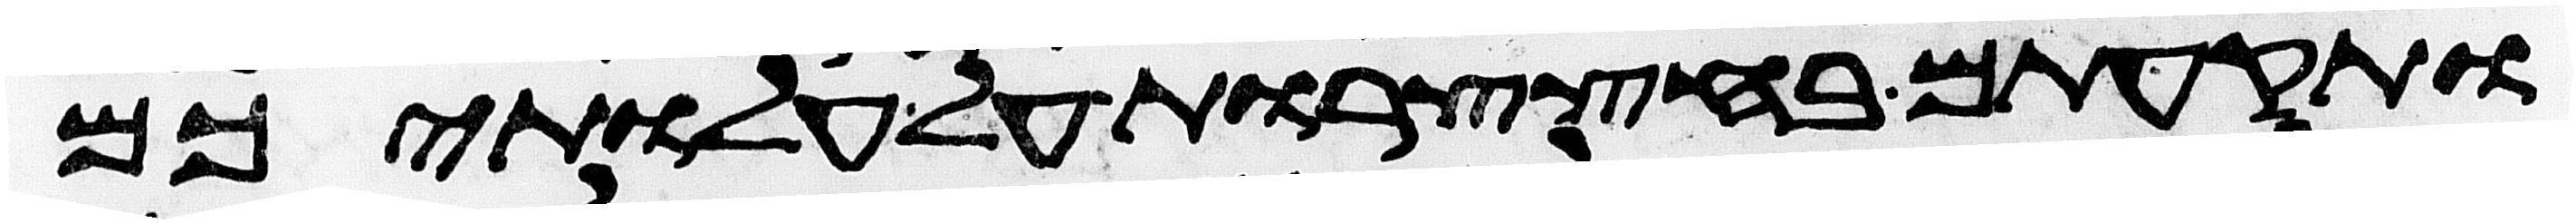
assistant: ותקעתם בחצצרות על עלתיכם